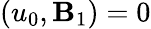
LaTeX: (u_{0},\mathbf{B}_{1})=0